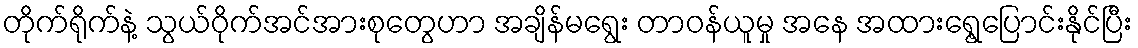
တိုက်ရိုက်နဲ့ သွယ်ဝိုက်အင်အားစုတွေဟာ အချိန်မရွေး တာဝန်ယူမှု အနေ အထားရွေ့ပြောင်းနိုင်ပြီး